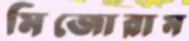
মিজোরাম